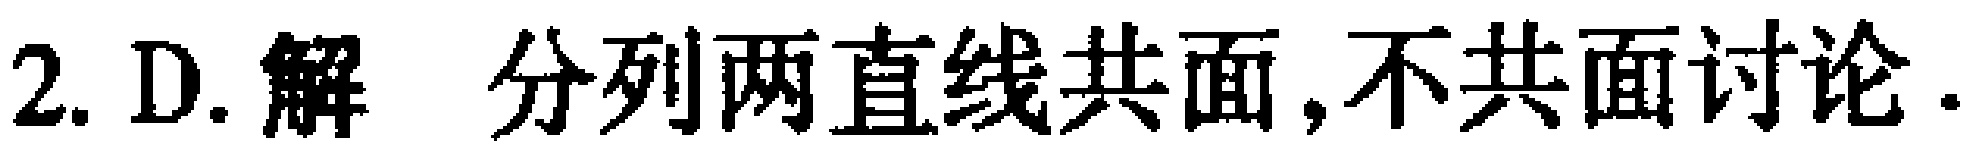
2. D. 解 分列两直线共面,不共面讨论.